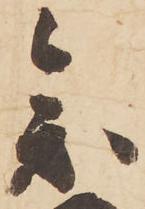
参